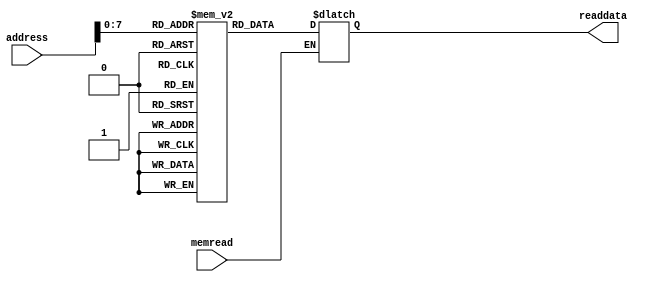
//memory unit
module IMemBank(input memread, input [15:0] address, output reg [15:0] readdata);
 
  reg [15:0] mem_array [255:0];
  
//   integer i;
  initial begin
     /* mem_array[0] = 16'b0000000001010000;		// $2 = $0 + $1
		mem_array[1] = 16'b0001000011001010;		// $3 = $0 + 10
		mem_array[2] = 16'b0001011011000101;		// $3 = $3 + 5
		mem_array[3] = 16'b1000000100000000;		// $4 = mem 0($0) 
		mem_array[4] = 16'b1001000001100100;		// beq $0, $1, -4
		mem_array[5] = 16'b1111000000000000;		// jump 0;*/
				//			algoritm test
	/*	mem_array[0] = 16'b0001001001001010;		// addi $1, $1, 10
		mem_array[1] = 16'b0001001010010100;		// addi $2, $1, 20
		mem_array[2] = 16'b0000001010011000;		//	add $3, $1, $2
		mem_array[3] = 16'b1000000011000000;		// mem 0($0) = $3
		mem_array[4] = 16'b0111000001000000;		// $1 = mem 0($0)
		mem_array[5] = 16'b0001001101001010;		// addi $5, $1, 10;
		mem_array[6] = 16'b0000001010100010;		// and $4, $1, $2
		mem_array[7] = 16'b0000001010101011;		// or $5, $1, $2
		mem_array[8] = 16'b0000001010110100;		//	xor $6, $1, $2
		mem_array[9] = 16'b0000001010111101;		// xnor $7, $1, $2
		mem_array[10] = 16'b0000001010100110;		// slt $4, $1, $2
		mem_array[11] = 16'b0010001101111111;		// andi $5, $1, 63
		mem_array[12] = 16'b0011001110000000;		// ori $6, $1, 0
		mem_array[13] = 16'b0100001111001010;		// subi $7, $1, 10
		mem_array[14] = 16'b1111000000000000;		// jump 0		*/
		
		
		/* A[10];									mod
			for(int i=0; i<6; i++)
				A[i] = 2;
			for(int i=6; i<10; i++)
				A[i] = 1;
			for(int i=0; i<10; i++)
				for(int j=i+1; i<10; j++){
					if(A[j]<A[i]){
						int temp = A[j];
						A[j] = A[i];
						A[i] = temp;
					}
				}
				
			int x = 1, maxX = 1, mod = A[0];
			for(int i=0; i<9; i++){
				if(A[i+1]==A[i])
					x++;
				else{
					if(x > maxX){
						maxX = x;
						mod = A[i];
						}
					x = 1;
				}
			}
			
			if(x > maxX){
						maxX = x;
						mod = A[i];
				}
			*/
							
						// A -> $7										algoritm mod
			/*mem_array[0] = 16'b0001000001000000;	//	addi $1, $0, 0			
			mem_array[1] = 16'b0001000010000101;	// addi $2, $0, 5
			mem_array[2] = 16'b0001000011000010;	// addi $3, $0, 2
			mem_array[3] = 16'b1100001010000100;	// bgt $1, $2, 4
			mem_array[4] = 16'b0000001111100000;	// add $4, $1, $7
			mem_array[5] = 16'b1000100011000000;	//	sw $3, 0($4)
			mem_array[6] = 16'b0001001001000001; 	// addi $1, $1, 1;
			mem_array[7] = 16'b1111000000000011; 	// jump 3;
			
			mem_array[8] = 16'b0001000001000110;	//	addi $1, $0, 6
			mem_array[9] = 16'b0001000010001001;	// addi $2, $0, 9
			mem_array[10] = 16'b0001000011000001;	// addi $3, $0, 1
			mem_array[11] = 16'b1100001010000100;	// bgt $1, $2, 4
			mem_array[12] = 16'b0000001111100000;	// add $4, $1, $7
			mem_array[13] = 16'b1000100011000000;	//	sw $3, 0($4)
			mem_array[14] = 16'b0001001001000001; 	// addi $1, $1, 1;
			mem_array[15] = 16'b1111000000001011; 	// jump 11;
			
			mem_array[16] = 16'b0001000001000000;	//	addi $1, $0, 0
			mem_array[17] = 16'b0001000010001001;	// addi $2, $0, 9
			mem_array[18] = 16'b1100001010010001;	// bgt $1, $2, 17
			mem_array[19] = 16'b0001001101000001; 	// addi $5, $1, 1
			mem_array[20] = 16'b1100101010001101;	// bgt $5, $2, 13
			mem_array[21] = 16'b0000001111011000; 	// add $3, $1, $7		A[i]
			mem_array[22] = 16'b0000101111100000;	// add $4, $5, $7
			mem_array[23] = 16'b0111011011000000;	// lw $3 ,0($3)
			mem_array[24] = 16'b0111100100000000; 	// lw $4, 0($4)
			mem_array[25] = 16'b0001011011111111;	// addi $3, $3, -1
			mem_array[26] = 16'b1100100011000101;	// bgt $4, $3, 5
			mem_array[27] = 16'b0001011110000000;	// addi $6, $3, 0
			mem_array[28] = 16'b0000001111011000;	//	addi $3, $1, $7
			mem_array[29] = 16'b1000011100000000;	// sw $4, 0($3)
			mem_array[30] = 16'b0000101111100000;	// add $4, $5, $7
			mem_array[31] = 16'b1000100110000000;	// sw $6, 0($4)
			mem_array[32] = 16'b0001101101000001;	// addi $5, $5, 1;
			mem_array[33] = 16'b1111000000010100;	// jump 20
			mem_array[34] = 16'b0001001001000001; 	// addi $1, $1, 1
			mem_array[35] = 16'b1111000000010010;	// jump 18
			
			mem_array[36] = 16'b0001000010000001; 	//	addi $2, $0, 1
			mem_array[37] = 16'b0001000011000001;	// addi $3, $0, 1
			mem_array[38] = 16'b0001000001000000; 	// addi $1, $0, 0;
			mem_array[39] = 16'b0001000100001000;	// addi $4, $0, 8;
			mem_array[40] = 16'b1100001100001111;	//	bgt $1, $4, 15
			mem_array[41] = 16'b0000001111101000;	// add $5, $1, $7
			mem_array[42] = 16'b0111101101000000;	// lw $5, 0($5)
			mem_array[43] = 16'b0001001110000001;	// addi $6, $1, 1;
			mem_array[44] = 16'b0000110111110000;	//	add $6, $6, $7
			mem_array[45] = 16'b0111110110000000;	// lw $6, 0($6)
			mem_array[46] = 16'b1010101110000010;	// bnq $5, $6, 2
			mem_array[47] = 16'b0001010010000001;	// addi $2, $2, 1
			mem_array[48] = 16'b1111000000110110;	// jump 54
			mem_array[49] = 16'b1100011010000010;	// bgt $3, $2, 2
			mem_array[50] = 16'b0000010000011000;	// add $3, $2, $0
			mem_array[51] = 16'b0000000101100000;	// add $4, $0, $5
			mem_array[52] = 16'b0001000010000001;	// addi $2 , $0, 1
			mem_array[53] = 16'b0001000100001000;	// addi $4, $0, 8;
			mem_array[54] = 16'b0001001001000001;	// addi $1, $1, 1
			mem_array[55] = 16'b1111000000101000;	// jump 40	
			
			mem_array[56] = 16'b1100011010000010;	// bgt $3, $2, 2
			mem_array[57] = 16'b0000010000011000;	// add $3, $2, $0
			mem_array[58] = 16'b0000000101100000;	// add $4, $0, $5	*/
			
			/* 
				for(int i=0; i<10; i++)
					A[i] = i;
				int max = A[0], min=A[0]
				for(int i=0; i<10; i++){
					if(A[i] > max)
						max = A[i];
					if(A[i] < min)
						min = A[i];
				}
			*/
					// A -> $7				algoritm max, min
			// mem_array[0] = 16'b0001_000_001_000000;		// addi $1, $0, 0
			// mem_array[1] = 16'b0001_000_110_001001;		//	addi $6, $0, 9
			// mem_array[2] = 16'b1100_001_110_000100;		//	bgt $1, $6, 4
			// mem_array[3] = 16'b0000_001_111_010_000;		//	add $2, $1, $7
			// mem_array[4] = 16'b1000_010_001_000000;		//	sw $1, 0($2)
			// mem_array[5] = 16'b0001_001_001_000001;		//	addi $1, $1, 1
			// mem_array[6] = 16'b1111_000000000010;		// jump 2
		
			// mem_array[7] = 16'b0111_111011000000;		// lw $3, 0($7) 
			// mem_array[8] = 16'b0111_111100000000;		//	lw $4, 0($7)
			// mem_array[9] = 16'b0001_000001000000;		//	addi $1, $0, 0
			// mem_array[10] = 16'b1100_001110001000;		//	bgt $1, $6, 8
			// mem_array[11] = 16'b0000_001111010000;		//	add	$2, $1, $7
			// mem_array[12] = 16'b0111_010101000000;		//	lw $5, 0($2)
			// mem_array[13] = 16'b1011_101011000001;		//	blt $5, $3, 1 
			// mem_array[14] = 16'b0001_101011000000;		//	addi $3, $5, 0
			// mem_array[15] = 16'b1100_101100000001;		//	bgt $5, $4, 1 
			// mem_array[16] = 16'b0001_101100000000;		// addi $4, $5, 0
			// mem_array[17] = 16'b0001_001001000001;		// addi $1, $1, 1
			// mem_array[18] = 16'b1111_000000001010;		// jump 10

			// mem_array[19] = 16'b0000_011000011000;		// add $3, $3, $0
			// mem_array[20] = 16'b0000_100000100000;		// add $4, $4, $0


		// int n = 8;
		// int max=0;
		// int min=16'b1111_1111_1111_1111;
		// for(int i = 0 ; i <= n;i++){
		//     if(ar[i] > max){
		//         max = ar[i];
		//     }
		//     if(ar[i] < min){
		//         min = ar[i];
		//     }
		// }



		// i = $1
		// n = $6
		// min = $3
		// max = $4
		// temp1 = $2
		// temp2 = $5
		// baseReg = $7

		mem_array[0] <= 16'b0001_000_001_000000;// addi $1, $0, 0
		mem_array[1] <= 16'b0001_000_110_001000;// addi $6, $0, 8

		mem_array[2]  <= 16'b0001_000_001_000000;// addi $1, $0, 0

		mem_array[3] <= 16'b0001_000_100_000000;// addi $4, $0, 0
		mem_array[4] <= 16'b0010_000_111_000000;// andi $7, $0, 0
		mem_array[5] <= 16'b0001_000_011_011111;// addi $3, $0, 65535 but 63

		mem_array[6] <= 16'b1100_001_110_001000;// bgt $1, $6, 8
		mem_array[7] <= 16'b0000_111_001_010_000;// add $2, $7, $1
		mem_array[8] <= 16'b0111_010_101_000000;// lhw $5, 0($2)

		mem_array[9] <= 16'b1011_101_100_000001;// blt $5, $4, 1
		mem_array[10] <= 16'b0000_000_101_100_000;// add $4, $0 ,$5 

		mem_array[11] <= 16'b1100_101_011_000001;// bgt $5, $3, 1
		mem_array[12] <= 16'b0000_000_101_011_000;// add $3, $0, $5

		mem_array[13] <= 16'b0001_001_001_000001;// addi $1, $1, 1

		mem_array[14] <= 16'b1111_000000000110;// jump 5

		mem_array[15] <= 16'b0001_000_010_010011;// addi $2, $0, 19
		mem_array[16] <= 16'b0001_000_101_010100;// addi $5, $0, 20

		mem_array[17] <= 16'b1000_010_011_000000;// shw $3, 0($2)
		mem_array[18] <= 16'b1000_101_100_000000;// shw $4, 0($5)





		mem_array[19] <= 16'b0011_011_111_000111;// ori $7, $3, 7 //ori check
		mem_array[20] <= 16'b0100_111_010_000001;// subi $2, $7, 1 //subi check
		mem_array[21] <= 16'b1001_100_011_000010;// beq $4, $3,2   //beq check
		mem_array[22] <= 16'b0001_000_000_000000;// addi $0, $0, 0
		mem_array[23] <= 16'b0001_011_011_000001;// addi $3, $3, 1
		mem_array[24] <= 16'b1010_100_011_111100;// bne $4, $3, -4 //bne check
	


	end
 
  always@(memread, address, mem_array[address])
  begin
    if(memread)begin
      readdata=mem_array[address];
    end
  end

endmodule